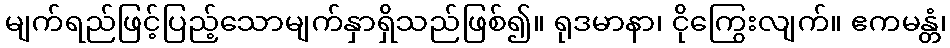
မျက်ရည်ဖြင့်ပြည့်သောမျက်နှာရှိသည်ဖြစ်၍။ ရုဒမာနာ၊ ငိုကြွေးလျက်။ ဧကမန္တံ၊